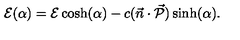
{ \cal { E } } ( \alpha ) = { \cal { E } } \cosh ( \alpha ) - c ( \vec { n } \cdot \vec { \cal { P } } ) \sinh ( \alpha ) .